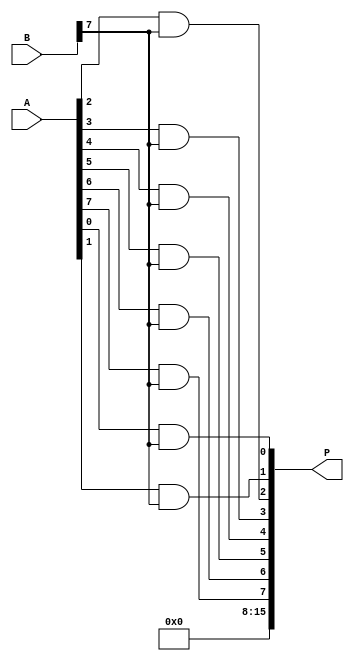
module wallace_tree_multiplier #(parameter N = 8) (
    input  wire [N-1:0] A,
    input  wire [N-1:0] B,
    output wire [2*N-1:0] P
);

// Partial Product Generation
wire [N-1:0] pp [N-1:0]; // Partial products
genvar i, j;
generate
    for (i = 0; i < N; i = i + 1) begin : pp_gen
        for (j = 0; j < N; j = j + 1) begin : pp_bit
            assign pp[i][j] = A[i] & B[j];
        end
    end
endgenerate

// Wallace Tree Reduction
wire [N-1:0] sum [N-1:0];
wire [N-1:0] carry [N-1:0];

// Initialize the first level of the Wallace tree
generate
    for (i = 0; i < N; i = i + 1) begin : level_0
        assign sum[i] = pp[i];
        assign carry[i] = 0; // No carry in the first level
    end
endgenerate

// Wallace Tree Reduction Stages
genvar level;
generate
    for (level = 0; level < N-1; level = level + 1) begin : reduction_levels
        for (i = 0; i < (N >> (level + 1)); i = i + 1) begin : adder_stage
            wire [2:0] inputs;
            assign inputs = {sum[i*2][level], sum[i*2+1][level], carry[i*2][level]};
            
            // Full Adder Logic
            wire sum_out, carry_out1, carry_out2;
            assign sum_out = inputs[0] ^ inputs[1] ^ inputs[2];
            assign carry_out1 = (inputs[0] & inputs[1]) | (inputs[1] & inputs[2]) | (inputs[0] & inputs[2]);
            assign carry_out2 = carry[i*2][level] | carry[i*2+1][level];

            assign sum[i][level + 1] = sum_out;
            assign carry[i][level + 1] = carry_out1 | carry_out2;
        end
    end
endgenerate

// Final stage of addition
wire [2*N-1:0] final_sum;
wire [2*N-1:0] final_carry;

// Final addition using a simple adder
assign final_sum[0] = sum[0][N-1];
assign final_carry[0] = carry[0][N-1];

generate
    for (i = 1; i < N; i = i + 1) begin : final_addition
        assign final_sum[i] = sum[i][N-1] ^ final_carry[i-1];
        assign final_carry[i] = (sum[i][N-1] & final_carry[i-1]) | carry[i][N-1];
    end
endgenerate

// Final output
assign P = {final_carry[N-1], final_sum[N-1:0]};

endmodule